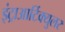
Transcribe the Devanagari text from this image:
इंट्राआर्टिक्युलर